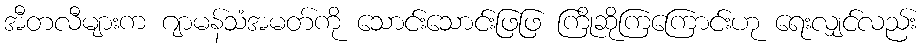
အီတလီများက ဂျာမန်သံအမတ်ကို သောင်းသောင်းဖြဖြ ကြိုဆိုကြကြောင်းဟု ရေးလျှင်လည်း